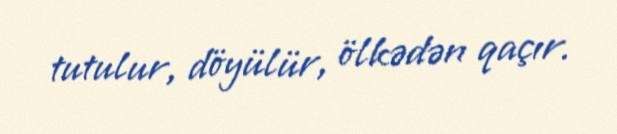
tutulur, döyülür, ölkədən qaçır.